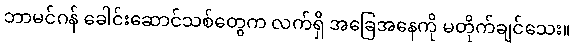
ဘာမင်ဂန် ခေါင်းဆောင်သစ်တွေက လက်ရှိ အခြေအနေကို မတိုက်ချင်သေး။